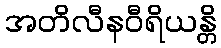
အတိလီနဝီရိယန္တိ